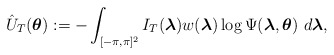
\begin{align*} \hat{U}_{T}(\boldsymbol{\theta}):=-\displaystyle\int_{[-\pi,\pi]^{2}} I_{T}(\boldsymbol{\lambda}) w(\boldsymbol{\lambda}) \log\Psi(\boldsymbol{\lambda},\boldsymbol{\theta}) \,\, d\boldsymbol{\lambda},\end{align*}